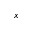
x